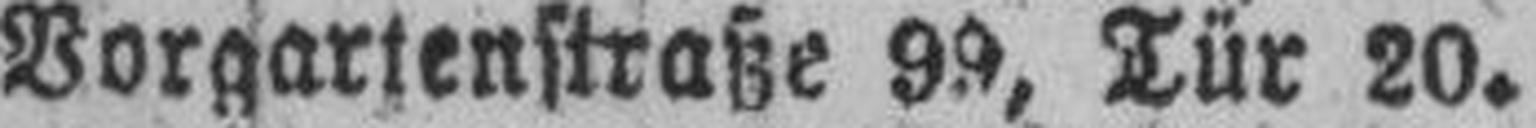
Vorgartenstraße 99, Tür 20.